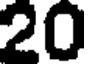
20